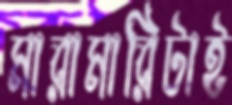
মারামারিটাই